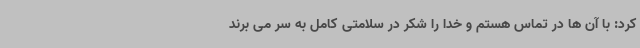
کرد: با آن ها در تماس هستم و خدا را شکر در سلامتی کامل به سر می برند